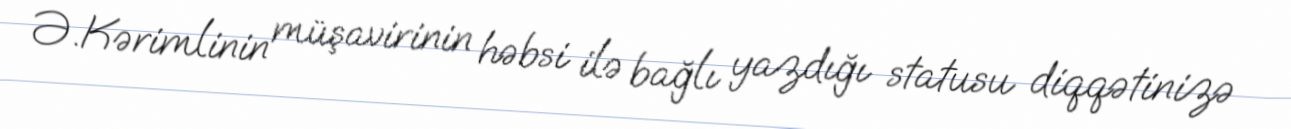
Ə.Kərimlinin müşavirinin həbsi ilə bağlı yazdığı statusu diqqətinizə